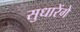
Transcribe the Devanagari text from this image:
सुधारेंगे